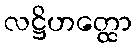
လဋ္ဌိဟတ္ထော